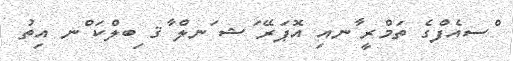
ްސއެފްގެ ތަމްރީ ާނއި އޮޕަރޭ ަޝ ަނލް ާޤ ިބލްކަ ްނ އިތު